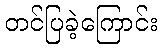
တင်ပြခဲ့ကြောင်း